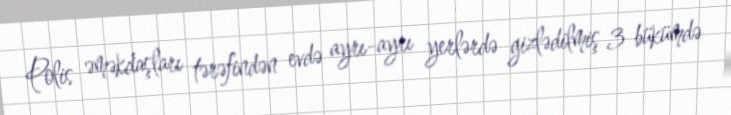
Polis əməkdaşları tərəfindən evdə ayrı-ayrı yerlərdə gizlədilmiş 3 bükümdə